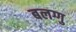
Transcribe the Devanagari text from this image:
बलग्गु